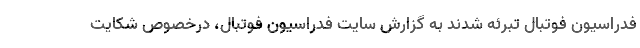
فدراسیون فوتبال تبرئه شدند به گزارش سایت فدراسیون فوتبال، درخصوص شکایت